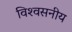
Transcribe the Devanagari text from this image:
विश्‍वसनीय